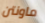
ماونتن